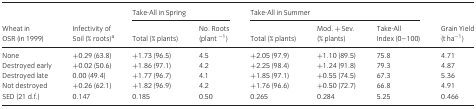
| <ROWSPAN=2> Wheat in OSR (in 1999) | <ROWSPAN=2> Infectivity of Soil (% roots)a | <COLSPAN=2> Take-All in Spring | <COLSPAN=3> Take-All in Summer | <ROWSPAN=2> Grain Yield (t ha−1) |
 | Total (% plants) | No. Roots (plant −1) | Total (% plants) | Mod. + Sev. (% plants) | Take-All Index (0–100) |
 | --- | --- | --- | --- | --- | --- | --- | --- |
 | None | +0.29 (63.8) | +1.73 (96.5) | 4.5 | +2.05 (97.9) | +1.10 (89.5) | 75.8 | 4.71 |
 | Destroyed early | +0.02 (50.6) | +1.86 (97.1) | 4.2 | +2.25 (98.4) | +1.24 (91.8) | 79.3 | 4.87 |
 | Destroyed late | 0.00 (49.4) | +1.77 (96.7) | 4.1 | +1.85 (97.1) | +0.55 (74.5) | 67.3 | 5.36 |
 | Not destroyed | +0.26 (62.1) | +1.82 (96.9) | 4.2 | +1.76 (96.6) | +0.50 (72.7) | 66.8 | 4.91 |
 | SED (21 d.f.) | 0.147 | 0.185 | 0.50 | 0.265 | 0.284 | 5.25 | 0.466 |